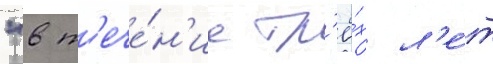
"в т'ече́н'ие тр'ё́х л'е́т